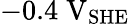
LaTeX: -0.4\; \mathrm{V}_{\mathrm{SHE}}